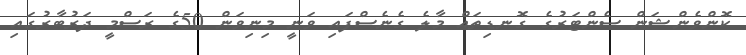
ކޮންވެންޝަން ސެންޓަރުގެ ގޮނޑިތައް މާލެ ގެނެސްފައި ވަނީ މިނިވަން 50ގެ ރަސްމީ ދަރުބާރުގައި